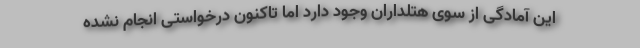
این آمادگی از سوی هتلداران وجود دارد اما تاکنون درخواستی انجام نشده